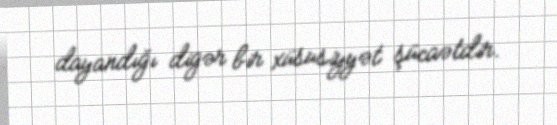
dayandığı digər bir xüsusiyyət şücaətdir.